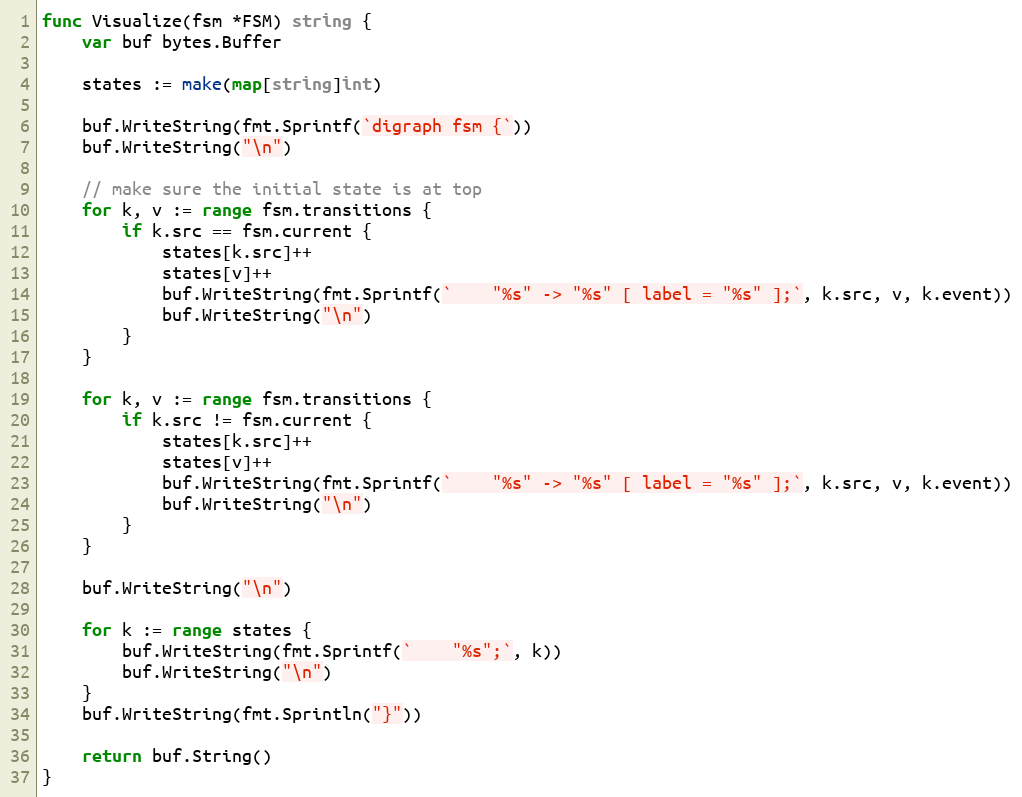
Language: Go
func Visualize(fsm *FSM) string {
	var buf bytes.Buffer

	states := make(map[string]int)

	buf.WriteString(fmt.Sprintf(`digraph fsm {`))
	buf.WriteString("\n")

	// make sure the initial state is at top
	for k, v := range fsm.transitions {
		if k.src == fsm.current {
			states[k.src]++
			states[v]++
			buf.WriteString(fmt.Sprintf(`    "%s" -> "%s" [ label = "%s" ];`, k.src, v, k.event))
			buf.WriteString("\n")
		}
	}

	for k, v := range fsm.transitions {
		if k.src != fsm.current {
			states[k.src]++
			states[v]++
			buf.WriteString(fmt.Sprintf(`    "%s" -> "%s" [ label = "%s" ];`, k.src, v, k.event))
			buf.WriteString("\n")
		}
	}

	buf.WriteString("\n")

	for k := range states {
		buf.WriteString(fmt.Sprintf(`    "%s";`, k))
		buf.WriteString("\n")
	}
	buf.WriteString(fmt.Sprintln("}"))

	return buf.String()
}